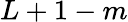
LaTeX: L+1-m